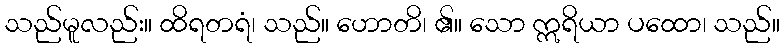
သည်မူလည်း။ ထိရတရံ၊ သည်။ ဟောတိ၊ ၏။ သော ဣရိယာ ပထော၊ သည်။